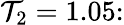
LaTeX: \mathcal{T}_{2}=1.05\colon